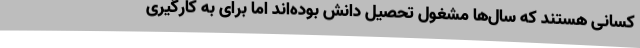
کسانی هستند که سال‌ها مشغول تحصیل دانش بوده‌اند اما برای به کارگیری